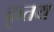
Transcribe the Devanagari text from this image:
कृतय